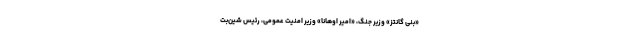
«بنی گانتز» وزیر جنگ، «امیر اوهانا» وزیر امنیت عمومی، رئیس شین‌بت